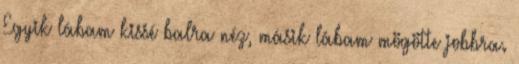
Egyik lábam kissé balra néz, másik lábam mögötte jobbra.